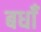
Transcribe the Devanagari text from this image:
बधाँ